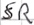
Text: SR